Report on lock hospitals in British Burma
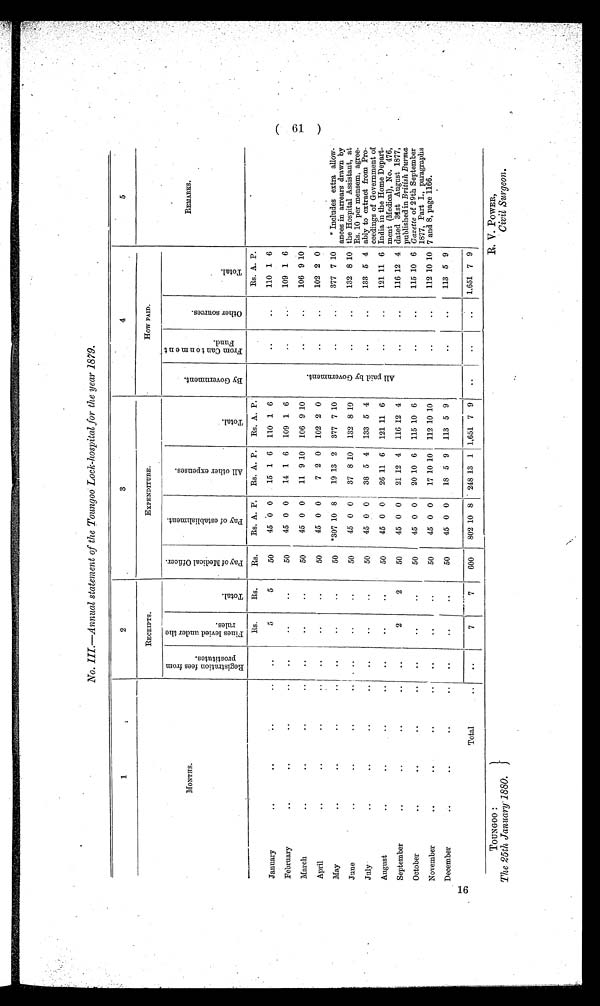
TOUNGOO :
The 25th January' 1880.
R. V. POWER,
Civil Surgeon.
No. III.—Annual statement of the Toungoo Lock-hospital for the year 1879.
1
2
3
4
5
MONTHS.
RECEIPTS.
EXPENDITURE.
HOWPAID.
R e g i s t r a t i o n f e e s f r o m p r o s t i t u t e s .
F i n e s l e v i e d u n d e r t h e r u l e s .
T o t a l .
P a y o f m e d i c a l o f f i c e r .
P a y o f e s t a b l i s h m e n t .
A l l o t h e r e x p e n s e s .
T o t a l .
B y G o v e r n m e n t .
F r o m C a n t o n m e n t f u n d .
O t h e r s o u r c e s .
T o t a l .
REMARKS .
Rs.
Rs.
Rs.
Rs. A. P.
Rs. A. P.
Rs. A. P.
A l l p a i d b y G o v e r n m e n t .
Rs. A. P.
January
..
. .
. .
..
..
5
5
50
45 0 0
15 1 6
110 1 6
. .
..
110 1 6
February
..
..
. .
..
..
..
..
50
45 0 0
14 1 6
109 1 6
..
..
109 1 6
March
..
..
..
..
..
..
. .
50
45 0 0
11 9 10
106 9 10
. .
. .
106 9 10
April
..
..
. .
..
..
. .
..
50
45 0 0
7 2 0 102 2 0
..
..
102 2 0
May
..
..
..
..
..
. .
..
50
*307 10 8
19 13 2
377 7 10
..
. .
377 7 10
* Includes extra allow-
antes in arrears drawn by
the Hospital Assistant, at
Rs. 10 per mensem, agree-
ably to extract from Pro-
ceedings of Government of
India in the Home Depart-
ment (Medical), No. 476,
dated 31st August 1877,
published in British Burma
Gazette of 29th September
1877, Part I., paragraphs
7 and 8, page 1166.
June
..
. .
. .
..
. .
. .
50
45 0 0
37 8 10
132 8 10
..
..
132 8 10
July
..
..
..
..
..
..
..
50
45 0 0
38 5 4
133 5 4
..
..
133 5 4
August
..
. .
. .
..
..
..
..
50
45 0 0
26 11 6
121 11 6
. .
..
121 11 6
September
..
..
..
..
. .
2
2
50
45 0 0
21 12 4
116 12 4
..
..
116 12 4
October
. .
. .
. .
..
..
..
..
50
45 0 0
20 10 6
115 10 6
..
..
115 10 6
November
. .
..
..
..
..
..
..
50
45 0 0
17 10 10
112 10 10
..
..
112 10 10
December
. . ..
..
..
..
..
..
50
45 0 0
18 5 9
113 5 9
..
..
113 5 9
16
Total
. .
..
7
7
600
802 10 8
248 13 1 1,651 7 9
..
..
..
1.651 7 9
19